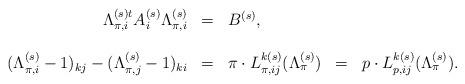
LaTeX: \begin{align*}\begin{array}{rclll}\Lambda^{(s)t}_{\pi,i}A_i^{(s)} \Lambda_{\pi,i}^{(s)} & = & B^{(s)}, &\ & \ \\\ & \ & \ & \ & \ \\(\Lambda^{(s)}_{\pi,i}-1)_{kj} - (\Lambda^{(s)}_{\pi,j}-1)_{ki} & = & \pi\cdot L^{k(s)}_{\pi, ij}(\Lambda^{(s)}_{\pi}) & = &p \cdot L^{k(s)}_{p,ij}(\Lambda^{(s)}_{\pi}).\end{array}\end{align*}